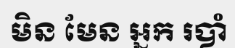
មិន មែន អ្នក របាំ